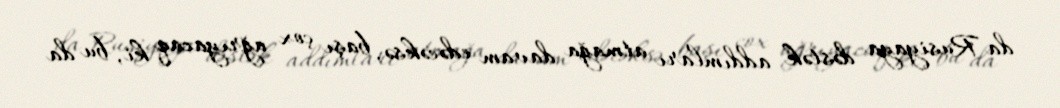
da Rusiyaya dəstək addımları atmağa davam edəcəksə, başı çox ağrıyacaq ki, bu da